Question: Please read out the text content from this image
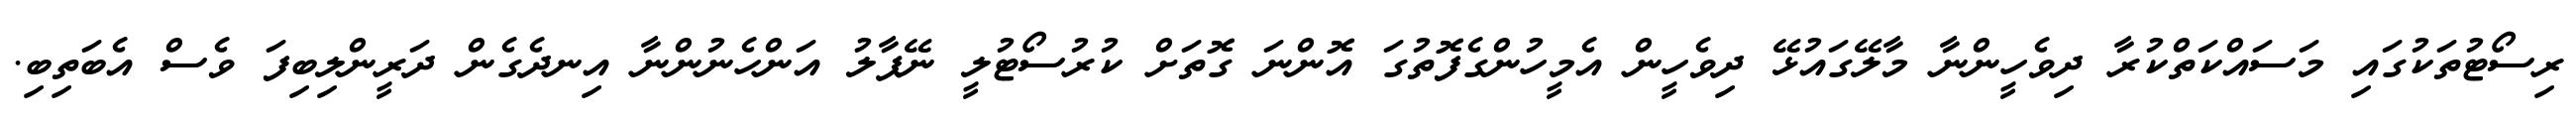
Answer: ރިސޯޓުތަކުގައި މަސައްކަތްކުރާ ދިވެހީންނާ މާލޭގައުޅޭ ދިވެހީން އެމީހުންގެފޮތުގަ އޮންނަ ގޮތަށް ކުރުސޯޓުލީ ނޭޕާލު އަންހެނުންނާ އިނދެގެން ދަރީންލިބިފަ ވެސް އެބަތިބި.